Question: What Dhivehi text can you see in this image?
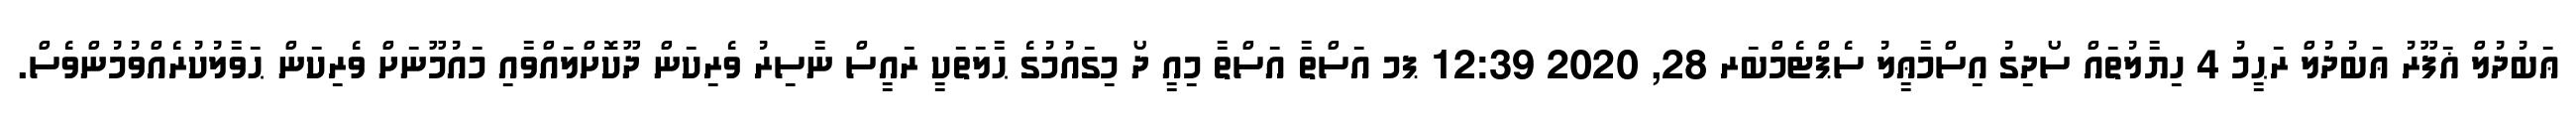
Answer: ޢަބުދުލް ޣަފޫރު ޢަބުދުލް ރަޙީމު 4 ހިޔާލުތައް ސޯދިގު އިސްމާޢީލު ސެޕްޓެމްބަރ 28, 2020 12:39 ޕމ އަސްތާ އަސްތާ މިއީ ދޯ މިގައުމުގެ ޙާލަތަކީ ރައީސް ނާސިރު ވެރިކަން ދޫކޮށްލައްވާއި މައުމޫނަށް ވެރިކަން ޙަވާލުކުރެއްވުމުންވެސް.